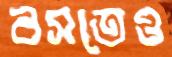
বসতেও